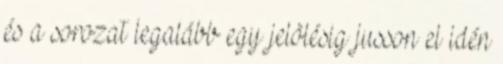
és a sorozat legalább egy jelölésig jusson el idén